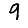
Digit: 9